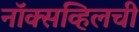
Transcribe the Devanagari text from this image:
नॉक्सव्हिलची